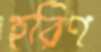
হরিণ